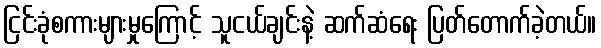
ငြင်းခုံစကားများမှုကြောင့် သူငယ်ချင်းနဲ့ ဆက်ဆံရေး ပြတ်တောက်ခဲ့တယ်။